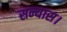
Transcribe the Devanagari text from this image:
सन्यास।